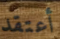
أعتقد